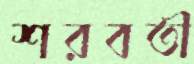
শরবতী